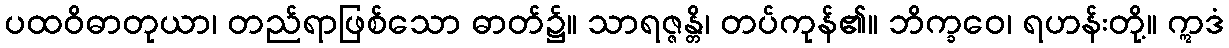
ပထဝိဓာတုယာ၊ တည်ရာဖြစ်သော ဓာတ်၌။ သာရဇ္ဇန္တိ၊ တပ်ကုန်၏။ ဘိက္ခဝေ၊ ရဟန်းတို့။ ဣဒံ